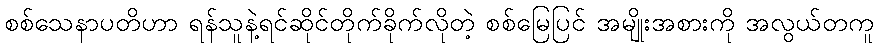
စစ်သေနာပတိဟာ ရန်သူနဲ့ရင်ဆိုင်တိုက်ခိုက်လိုတဲ့ စစ်မြေပြင် အမျိုးအစားကို အလွယ်တကူ